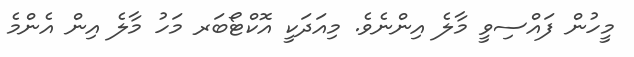
މީހުން ފައްސިވީ މާލެ އިންނެވެ. މިއަދަކީ އޮކްޓޯބަރ މަހު މާލެ އިން އެންމެ